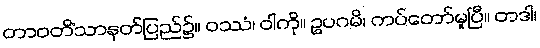
တာဝတိံသာနတ်ပြည်၌။ ဝဿံ၊ ဝါကို။ ဥပဂမိ၊ ကပ်တော်မူပြီ။ တဒါ၊